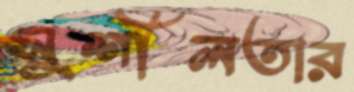
সুশীলতার